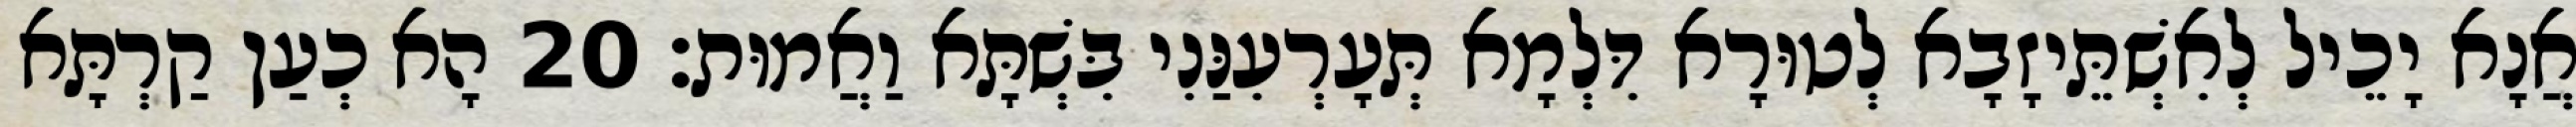
אֲנָא יָכֵיל לְאִשְׁתֵּיזָבָא לְטוּרָא דִּלְמָא תְּעָרְעִנַּנִי בִּשְׁתָּא וַאֲמוּת׃ 20 הָא כְעַן קַרְתָּא